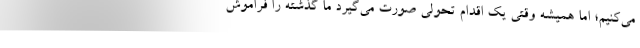
می‌کنیم؛ اما همیشه وقتی یک اقدام تحولی صورت می‌گیرد ما گذشته را فراموش